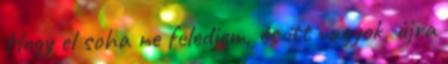
Hogy el soha ne feledjem, és itt vagyok, újra